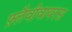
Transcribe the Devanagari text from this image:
फ़्लैवीवायरस